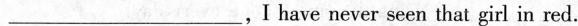
___,I have never seen that girl in red.